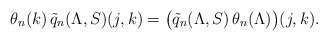
\begin{align*}\theta_n(k)\,\tilde q_n(\Lambda,S)(j,k)=\bigl(\tilde q_n(\Lambda,S)\,\theta_n(\Lambda)\bigr)(j,k).\end{align*}